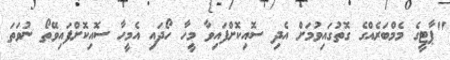
"ޕާޓީގެ މެމްބަރެއްގެ ގޮތުގައިވުމަށް އެދި ސޮއިކޮށްފައިވާ މީހާ ހޯދައި އެމީހާ ސޮއިކޮށްފައިވޭތޯ ނުވަތަ